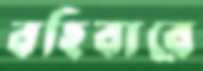
বহিবারে